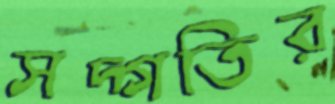
সদ্গতির